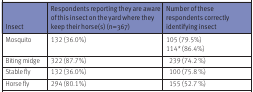
<table><thead><tr><td><b>Insect</b></td><td><b>Respondents reporting they are aware of this insect on the yard where they keep their horse(s) (n=367)</b></td><td><b>Number of these respondents correctly identifying insect</b></td></tr></thead><tbody><tr><td>Mosquito</td><td>132 (36.0%)</td><td>105 (79.5%) 114* (86.4%)</td></tr><tr><td>Biting midge</td><td>322 (87.7%)</td><td>239 (74.2 %)</td></tr><tr><td>Stable fly</td><td>132 (36.0%)</td><td>100 (75.8 %)</td></tr><tr><td>Horse fly</td><td>294 (80.1%)</td><td>155 (52.7 %)</td></tr></tbody></table>